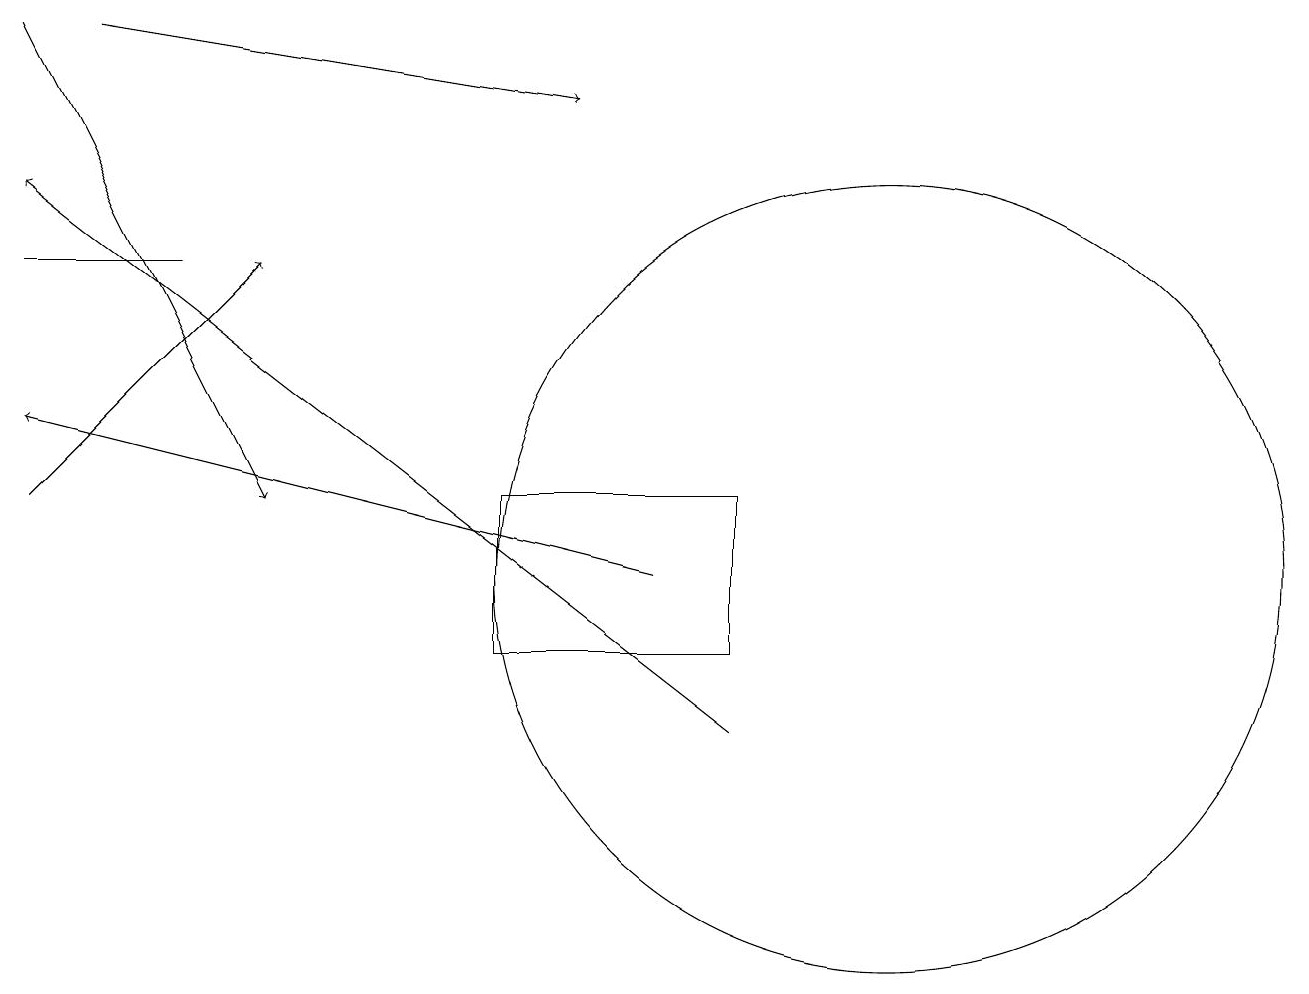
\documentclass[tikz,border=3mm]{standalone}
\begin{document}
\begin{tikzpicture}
\draw (9,13) rectangle (6,11);
\draw[->] (0,13) -- (3,16);
\draw[->] (9,10) -- (0,17);
\draw[->] (0,19) -- (3,13);
\draw (11,12) circle (5);
\draw[->] (8,12) -- (0,14);
\draw[->] (1,19) -- (7,18);
\draw (2,16) rectangle (0,16);
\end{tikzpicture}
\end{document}